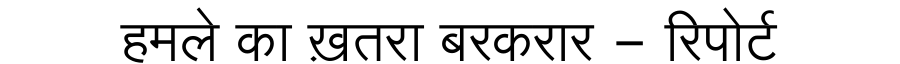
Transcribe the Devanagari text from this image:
हमले का ख़तरा बरकरार - रिपोर्ट